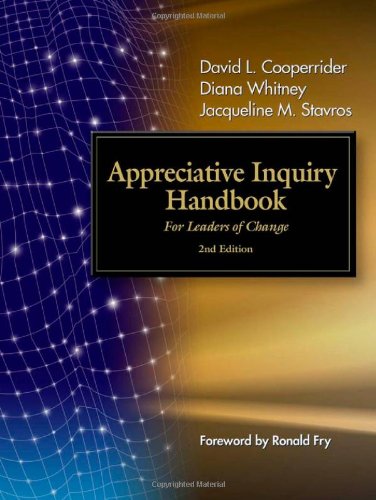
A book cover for The Appreciative Inquiry Handbook: For Leaders of Change; David L Cooperrider; Business & Money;